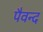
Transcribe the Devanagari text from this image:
पैवन्द